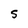
Character: S